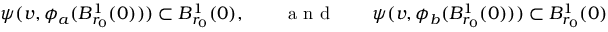
\psi ( v , \phi _ { a } ( B _ { r _ { 0 } } ^ { 1 } ( 0 ) ) ) \subset B _ { r _ { 0 } } ^ { 1 } ( 0 ) , \qquad \mathrm { ~ a ~ n ~ d ~ } \qquad \psi ( v , \phi _ { b } ( B _ { r _ { 0 } } ^ { 1 } ( 0 ) ) ) \subset B _ { r _ { 0 } } ^ { 1 } ( 0 )